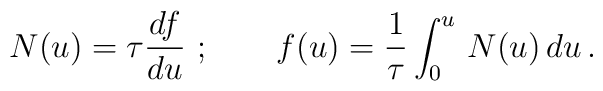
N(u) = \tau {df \over du}\ ; \qquad f(u) = {1 \over \tau} \int_0^u\,N(u) \, du\, .